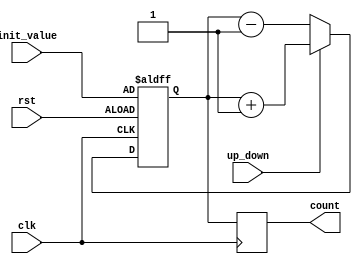
module UpDownCounter (
    input clk,
    input rst,
    input up_down,
    input [7:0] init_value,
    output reg [7:0] count
);

reg [7:0] state_next;

always @ (posedge clk or posedge rst)
begin
    if (rst)
        state_next <= init_value;
    else
        begin
            if (up_down)
                state_next <= state_next + 1;
            else
                state_next <= state_next - 1;
        end
end

always @ (posedge clk)
begin
    count <= state_next;
end

endmodule